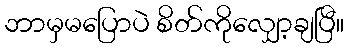
ဘာမှမပြောပဲ စိတ်ကိုလျှော့ချပြီ။